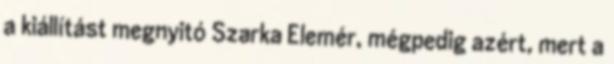
a kiállítást megnyitó Szarka Elemér, mégpedig azért, mert a